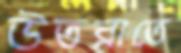
উতরাতে